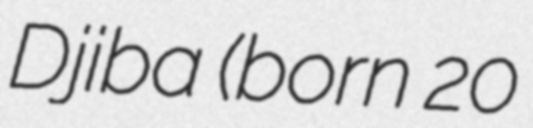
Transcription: Djiba (born 20